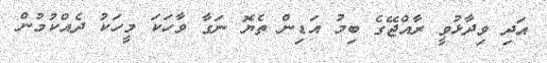
އަދި ވިދާޅުވީ ރާއްޖޭގެ ބިމު އަޑިން ތެޔޮ ނަގާ ވާހަކަ މީހަކު ދެއްކުމުން